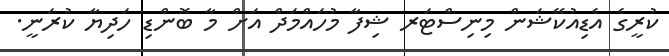
ކުރީގެ އެޑިއުކޭޝަން މިނިސްޓަރ ޝިފާ މުހައްމަދް އަށް މާ ބޮންޑި ހަދިޔާ ކުރަނީ.